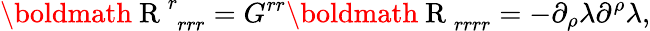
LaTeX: \mathrm{\boldmath{~R~}}_{\, \, rrr}^{r}=G^{rr}\mathrm{\boldmath{~R~}}_{rrrr}=-\partial_{\rho}\lambda\partial^{\rho}\lambda,